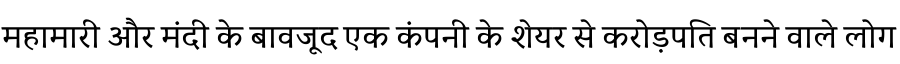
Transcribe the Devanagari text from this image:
महामारी और मंदी के बावजूद एक कंपनी के शेयर से करोड़पति बनने वाले लोग